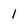
Character: 1